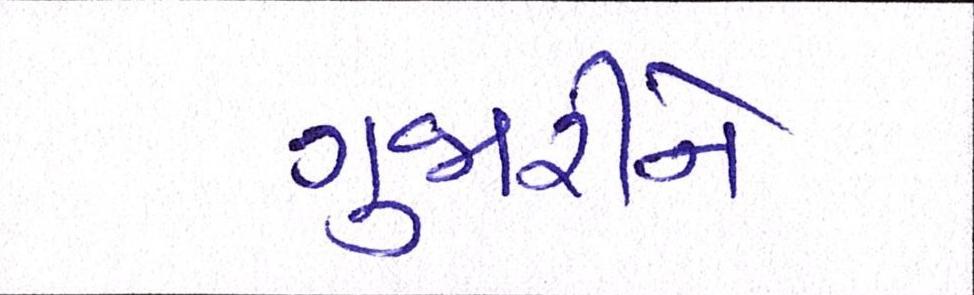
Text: ગુજારીને